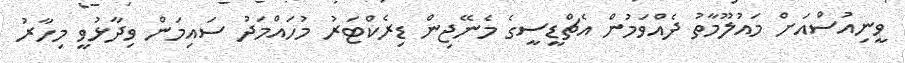
ވީނިއުސްއަށް މައުލޫމާތު ދެއްވަމުން އެޗްޑީސީގެ މެނޭޖިން ޑިރެކްޓަރު މުހައްމަދު ސައިމަން ވިދާޅުވީ މިހާރު